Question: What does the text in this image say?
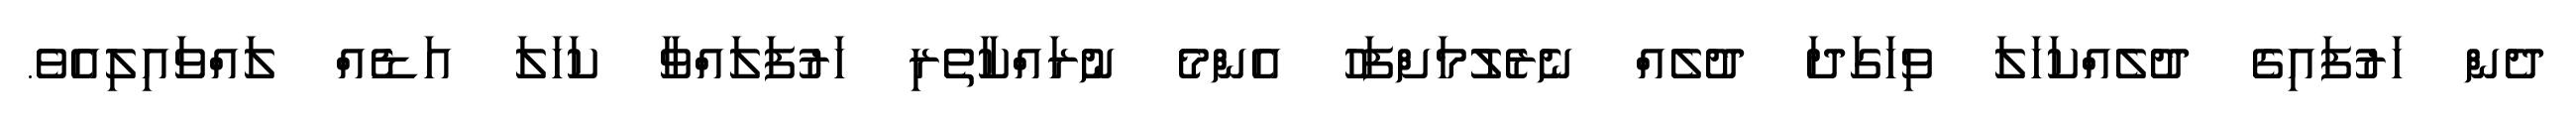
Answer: ދެން ހަރުފައިގެ ދުލެއްކަހަލަ ވިހަގަދަ ދުލެއް ނެރެލުމަށްފަހު އެންމެ ނުރައްކާތެރި ހަރުފަލައްވާ ކަހަލަ އަޑެއް ލައްވައިލިއެވެ.